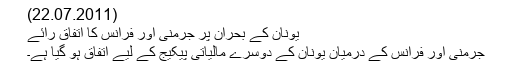
(22.07.2011)
یونان کے بحران پر جرمنی اور فرانس کا اتفاقِ رائے
جرمنی اور فرانس کے درمیان یونان کے دوسرے مالیاتی پیکیج کے لیے اتفاق ہو گیا ہے۔